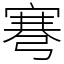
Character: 弿